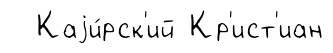
Каjи́рск'ий Кр'ист'иан